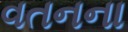
વતનના